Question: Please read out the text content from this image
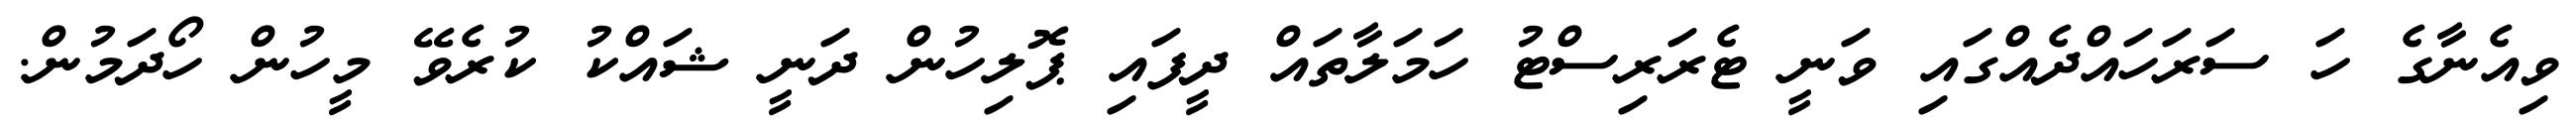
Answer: ވިއެނާގެ ހަ ސަރަހައްދެއްގައި ވަނީ ޓެރަރިސްޓު ހަމަލާތައް ދީފައި ޕޮލިހުން ދަނީ ޝައްކު ކުރެވޭ މީހުން ހޯދަމުން.